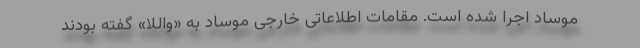
موساد اجرا شده است. مقامات اطلاعاتی خارجی موساد به «واللا» گفته بودند